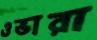
ওভারা